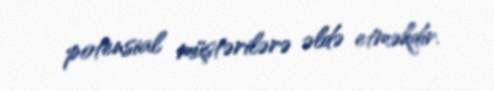
potensial müştərilərə əldə etməkdir.